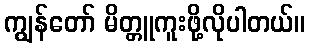
ကျွန်တော် မိတ္တူကူးဖို့လိုပါတယ်။